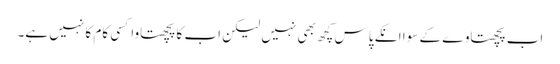
اب پچھتاوے کے سوا انکے پاس کچھ بھی نہیں لیکن اب کا پچھتاوا کسی کام کا نہیں ہے۔